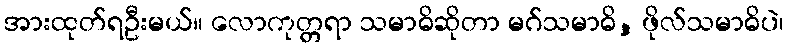
အားထုတ်ရဦးမယ်။ လောကုတ္တရာ သမာဓိဆိုတာ မဂ်သမာဓိ, ဖိုလ်သမာဓိပဲ၊